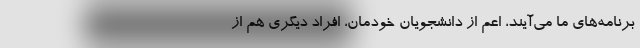
برنامه‌های ما می‌آیند، اعم از دانشجویان خودمان، افراد دیگری هم از